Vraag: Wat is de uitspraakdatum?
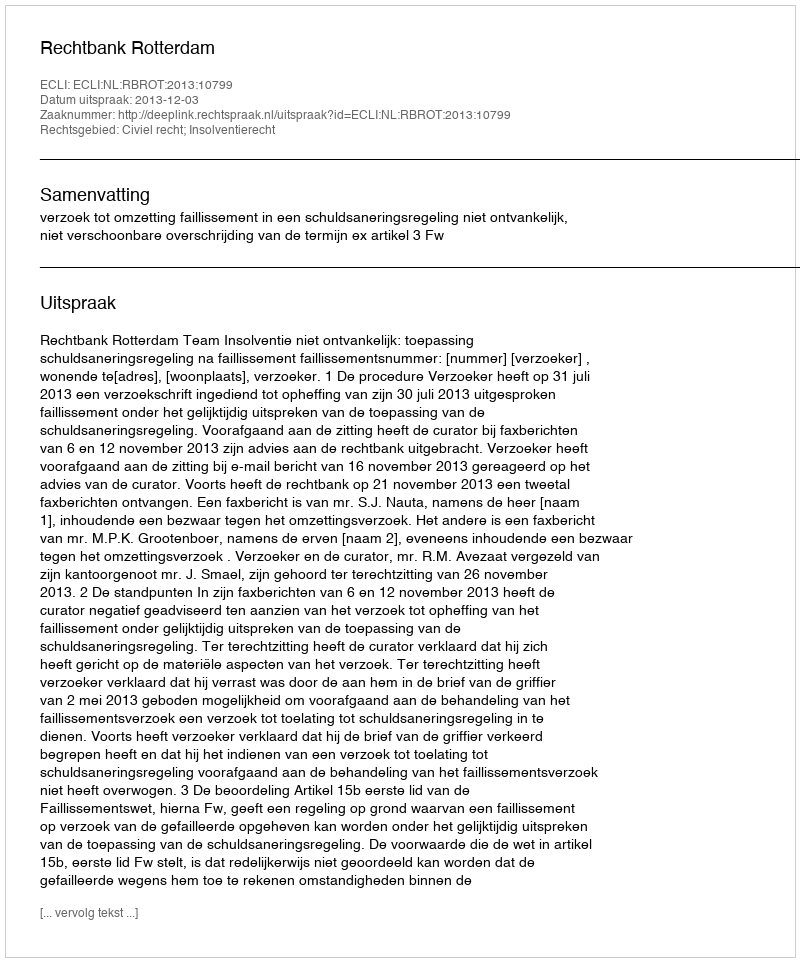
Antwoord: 2013-12-03